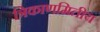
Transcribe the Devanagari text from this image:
त्रिकाणमितीय